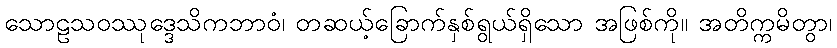
သောဠသဝဿုဒ္ဒေသိကဘာဝံ၊ တဆယ့်ခြောက်နှစ်ရွယ်ရှိသော အဖြစ်ကို။ အတိက္ကမိတွာ၊